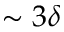
\sim 3 \delta